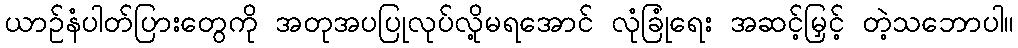
ယာဉ်နံပါတ်ပြားတွေကို အတုအပပြုလုပ်လို့မရအောင် လုံခြုံရေး အဆင့်မြှင့် တဲ့သဘောပါ။